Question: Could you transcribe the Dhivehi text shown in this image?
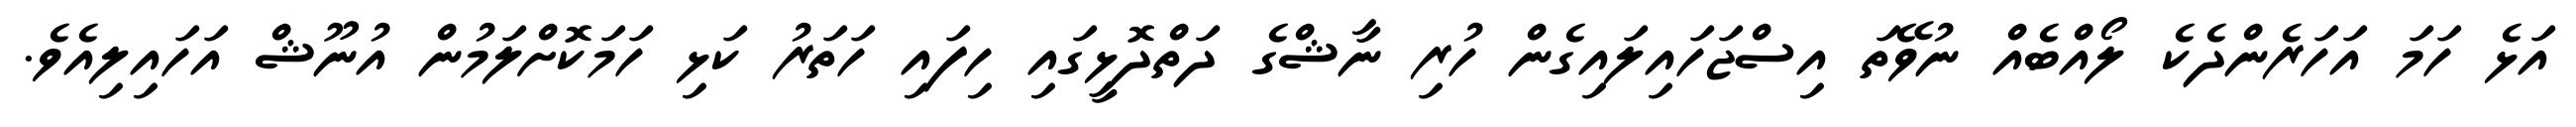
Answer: އަޅެ ހަމަ އަހަރެންދެކެ ލޯއްބެއް ނުވޭތަ އިސްޖަހައިލައިގެން ހުރި ނާޝްގެ ދަތްދޮޅީގައި ހިފައި ހަތަރު ކަޅި ހަމަކޮށްލަމުން އުނޫޝް އަހައިލިއެވެ.